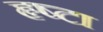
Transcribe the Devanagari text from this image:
हृष्टा